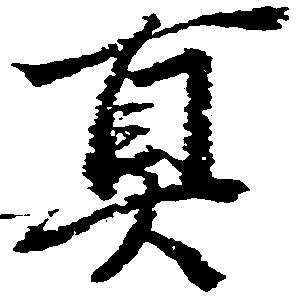
真